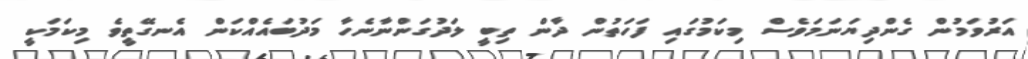
އަރުވަމުން ގެންދިޔަނަމަވެސް މިކަމުގައި ފަހަތުން ދާން ތިބީ ލަދުގަންނާނެހާ މަދުބައެއްކަން އެނގޭތީވެ މިކަމަކީ